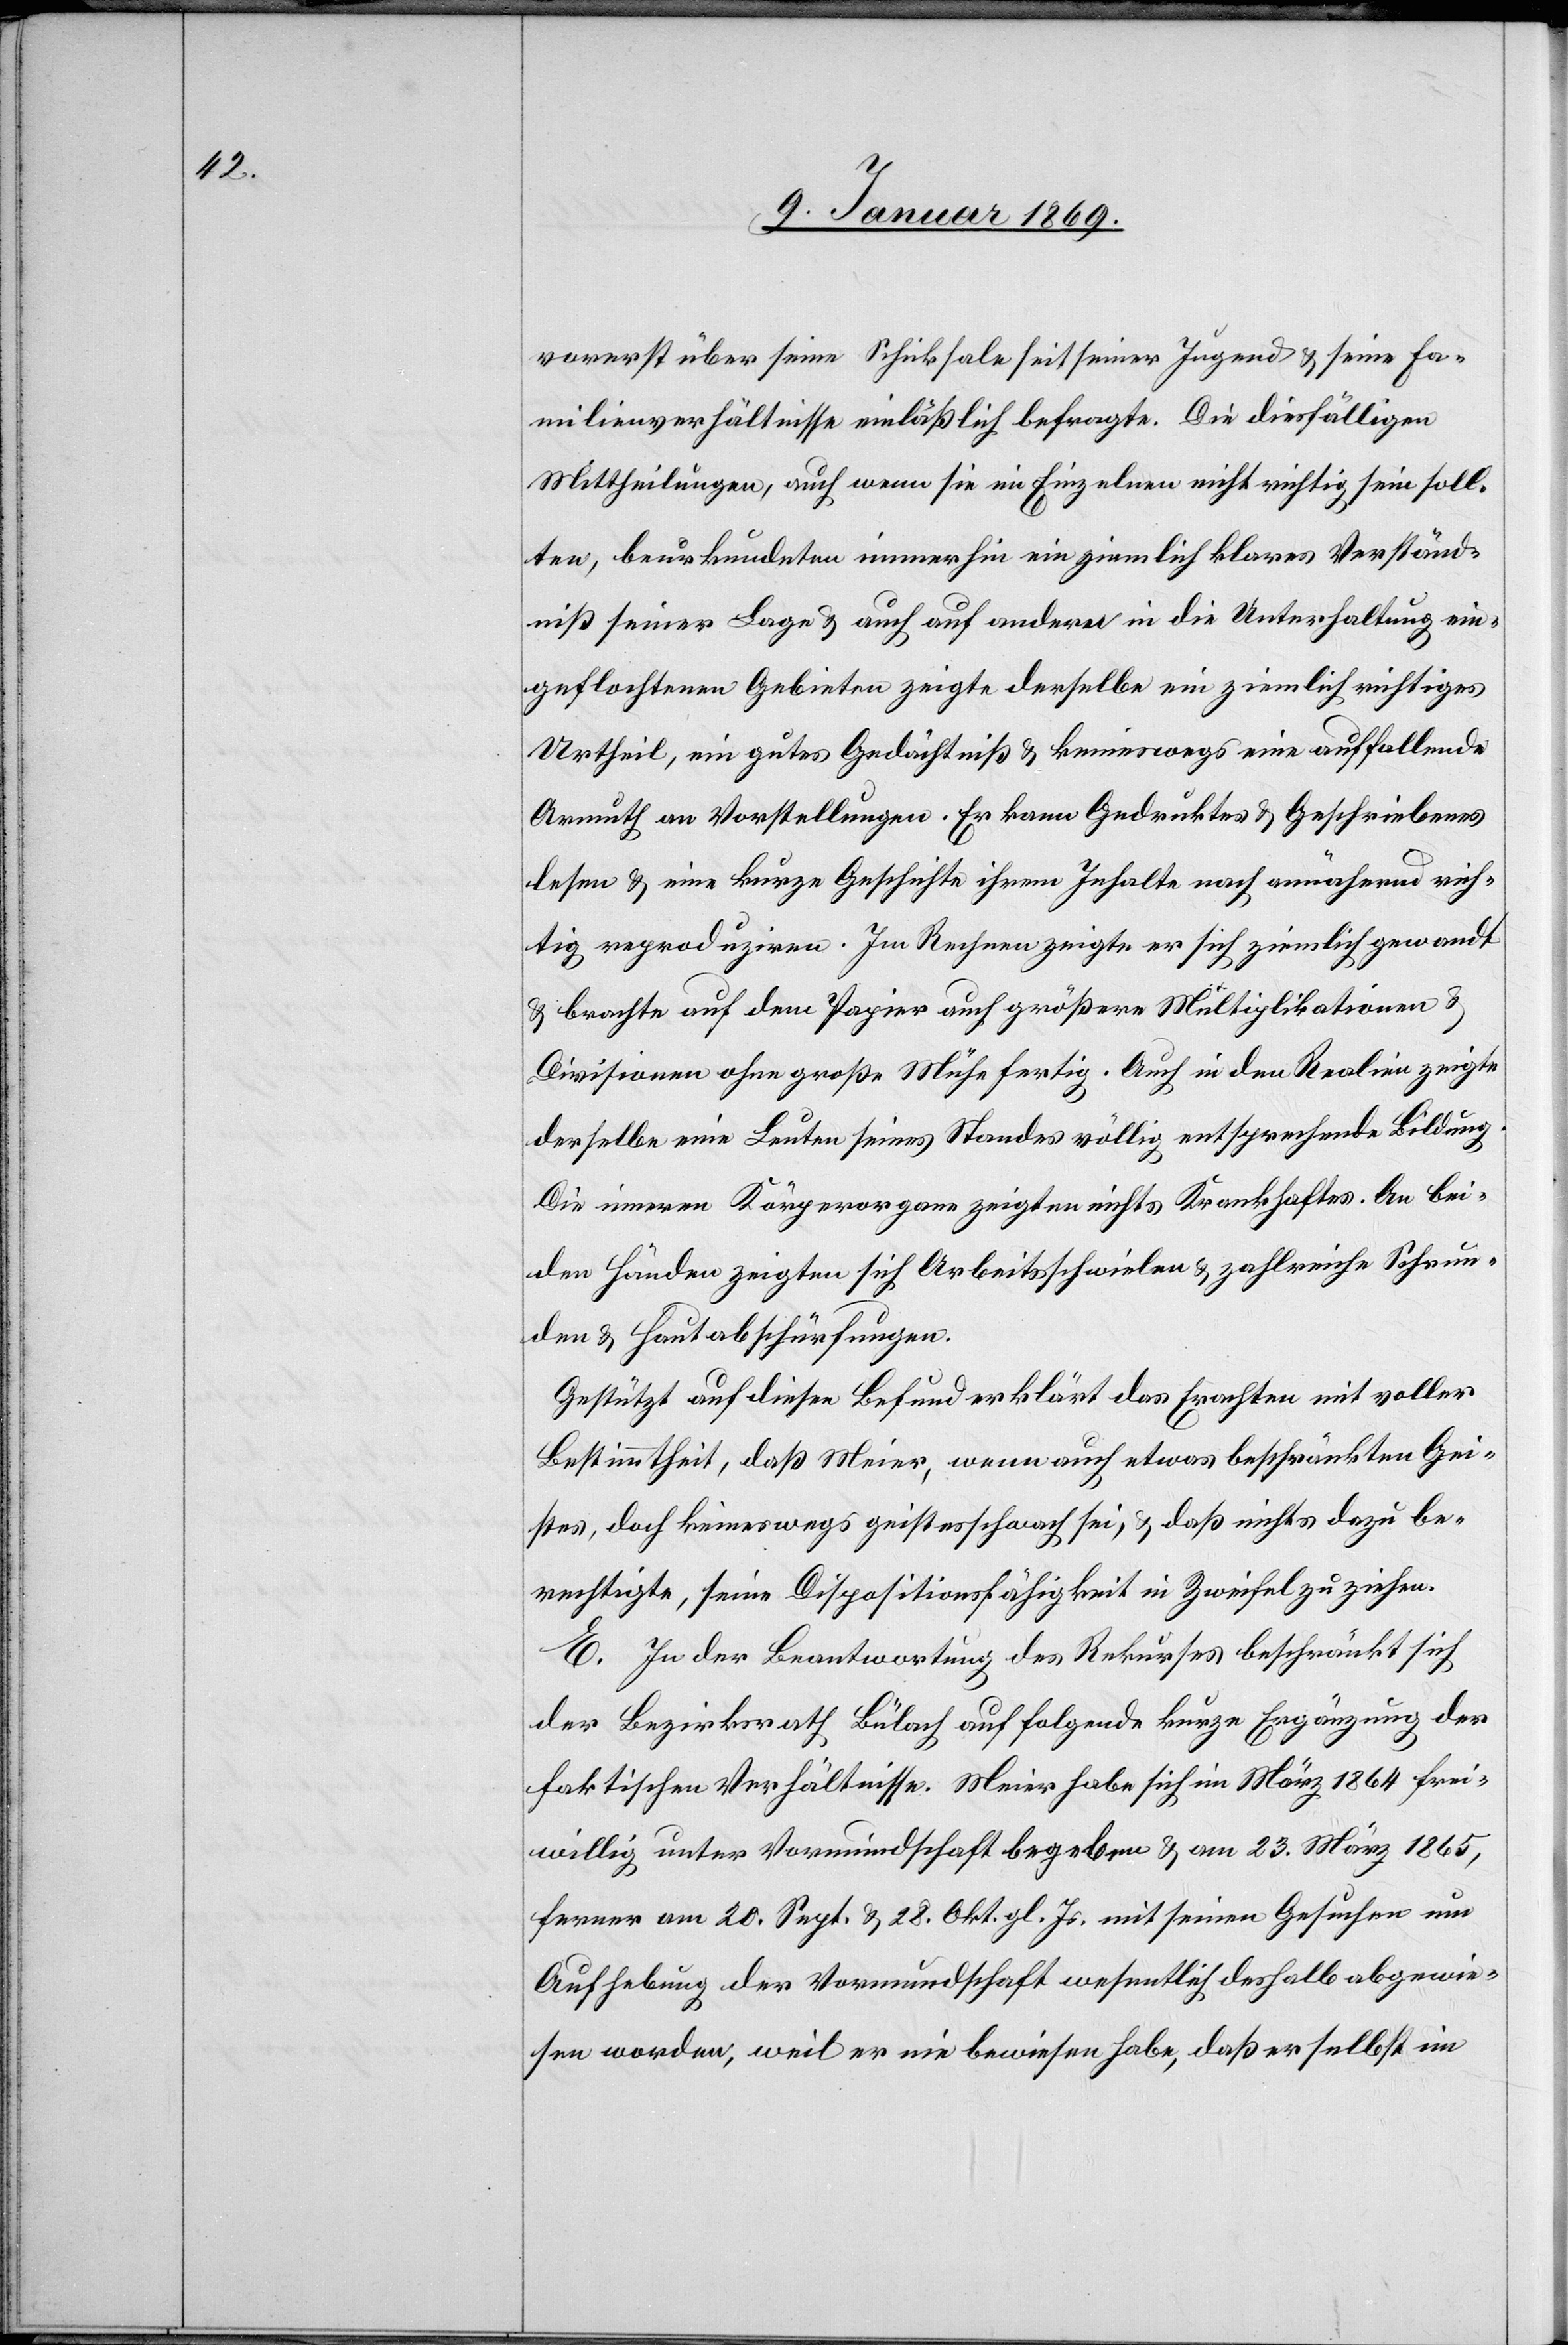
vorerst über seine Schicksale seit seiner Jugend & seine Fa¬
milienverhältnisse einläßlich befragte. Die diesfälligen
Mittheilungen, auch wenn sie im Einzelnen nicht wichtig sein soll¬
ten, beurkundeten immerhin ein ziemlich klares Verständ¬
niß seiner Lage & auch auf andern in die Unterhaltung ein¬
geflochtenen Gebieten zeigte derselbe ein ziemlich richtiges
Urtheil, ein gutes Gedächtniß & keineswegs eine auffallende
Armuth an Vorstellungen. Er kann Gedruktes & Geschriebenes
lesen & eine kurze Geschichte ihrem Inhalte nach annähernd rich¬
tig reproduziren. Im Rechnen zeigte er sich ziemlich gewandt
& brachte auf dem Papier auch größere Multiplikationen &
Divisionen ohne große Mühe fertig. Auch in den Realien zeigte
derselbe eine Leuten seines Standes völlig entsprechende Bildung.
Die inneren Körperorgane zeigten nichts Krankhaftes. An bei¬
den Händen zeigten sich Arbeitsschwielen & zahlreiche Schrun¬
den & Hautabschürfungen.
Gestützt auf diesen Befund erklärt das Erachten mit voller
Bestimmtheit, daß Meier, wenn auch etwas beschränkten Gei¬
stes, doch keineswegs geistesschwach sei, & daß nichts dazu be¬
rechtigte, seine Dispositionsfähigkeit in Zweifel zu ziehen.
E. In der Beantwortung des Rekurses beschränkt sich
der Bezirksrath Bülach auf folgende kurze Ergänzung der
faktischen Verhältnisse. Meier habe sich im März 1864 frei¬
willig unter Vormundschaft begeben & am 23. März 1865,
ferner am 20. Sept. & 28. Okt. gl. Js. mit seinen Gesuchen um
Aufhebung der Vormundschaft wesentlich deshalb abgewie¬
sen worden, weil er nie bewiesen habe, daß er selbst im